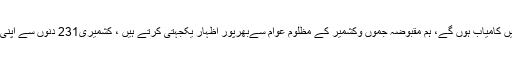
وزیراعظم نے مزید کہا کہ انشا اللہ، ہم اس آزمائش میں کامیاب ہوں گے، ہم مقبوضہ جموں وکشمیر کے مظلوم عوام سےبھرپور اظہار یکجہتی کرتے ہیں ، کشمیری231 دنوں سے اپنی ہی سرزمین پر مقید ہیں بلکہ جبرکامقابلہ کررہےہیں۔